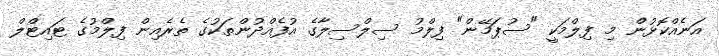
އަނެއްކޮޅުން މި ފިލްމަކީ "ސުޕަމޭން" ފިލްމު ސިލްސިލާގެ އުފެއްދުންތަކުގެ ތެރެއިން ފިލްމުގެ ޓައިޓްލް